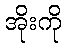
အိုးကို